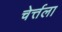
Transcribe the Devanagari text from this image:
चेर्त्तला